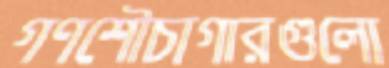
গণশৌচাগারগুলো